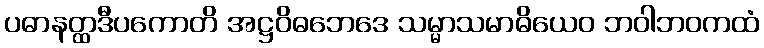
ပဓာနတ္ထဒီပကောတိ အဋ္ဌဝိဓဘေဒေ သမ္မာသမာဓိယေဝ ဘဝါဘဝကထံ